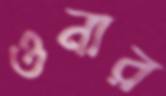
ওনার